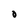
Character: 0